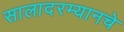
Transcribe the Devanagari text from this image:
सालादरम्यानचे